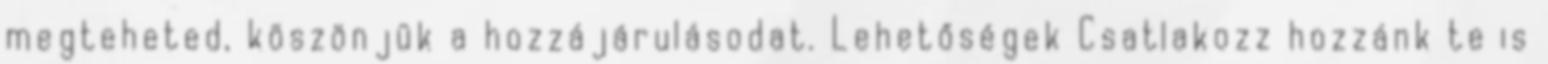
megteheted, köszönjük a hozzájárulásodat. Lehetőségek Csatlakozz hozzánk te is